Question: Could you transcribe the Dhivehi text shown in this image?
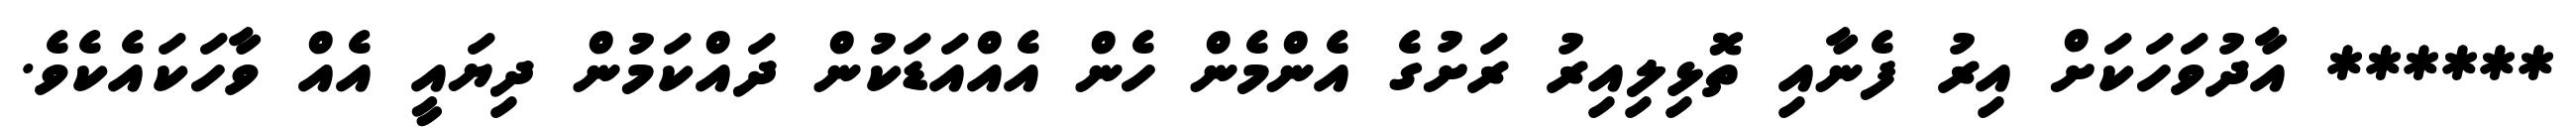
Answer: ****** އާދުވަހަކަށް އިރު ފެނާއި ތޮޅިލިއިރު ރަށުގެ އެންމެން ހެން އެއްއަޑަކުން ދައްކަމުން ދިޔައީ އެއް ވާހަކައެކެވެ.